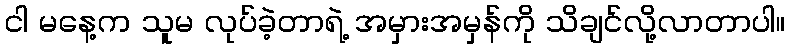
ငါ မနေ့က သူမ လုပ်ခဲ့တာရဲ့ အမှားအမှန်ကို သိချင်လို့လာတာပါ။